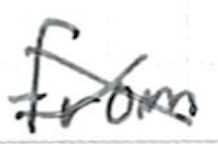
Text: from
Cross-out: cross
Writing tool: ballpoint